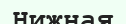
Нижная